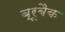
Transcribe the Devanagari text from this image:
ब्रूबैक